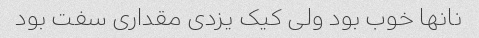
نانها خوب بود ولی کیک یزدی مقداری سفت بود